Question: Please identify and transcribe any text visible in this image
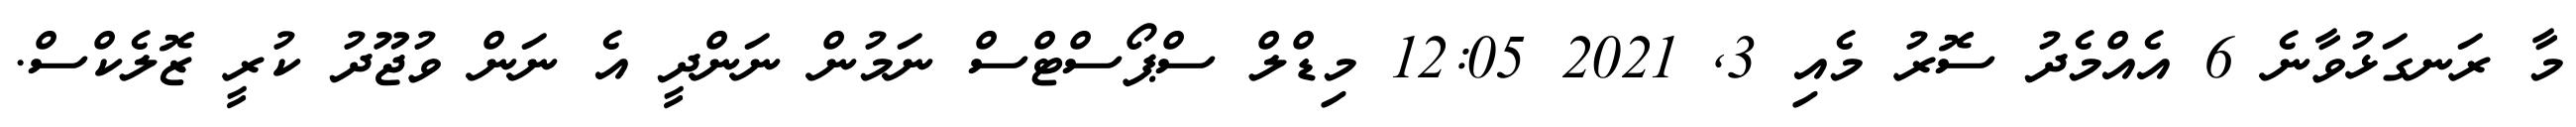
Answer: މާ ރަނގަޅުވާނެ 6 އެއްމެދު ސޮރު މެއި 3, 2021 12:05 މިޑްލް ސްޕޯސްޓްސް ނަމުން ނަންދީ އެ ނަން ވުޖޫދު ކުރީ ޒޮލެކްސް.